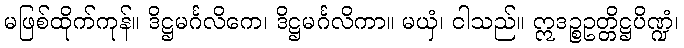
မဖြစ်ထိုက်ကုန်။ ဒိဋ္ဌမင်္ဂလိကေ၊ ဒိဋ္ဌမင်္ဂလိကာ။ မယှံ၊ ငါသည်။ ဣဒဉ္စဥတ္တိဋ္ဌပိဏ္ဍံ၊